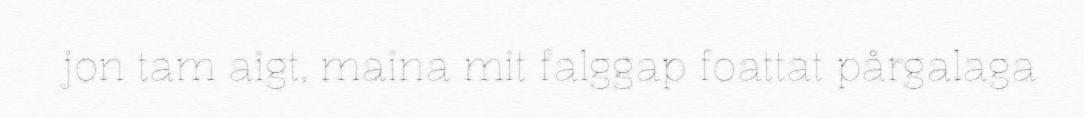
jon tam aigt, maina mit falggap foattat pårgalaga